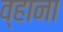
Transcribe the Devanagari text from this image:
व्हाना